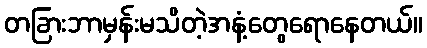
တခြားဘာမှန်းမသိတဲ့အနံ့တွေရောနေတယ်။